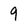
Character: 9